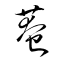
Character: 菴